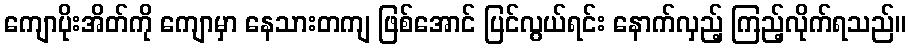
ကျောပိုးအိတ်ကို ကျောမှာ နေသားတကျ ဖြစ်အောင် ပြင်လွယ်ရင်း နောက်လှည့် ကြည့်လိုက်ရသည်။